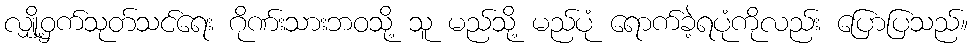
လျှို့ဝှက်သုတ်သင်ရေး ဂိုဏ်းသားဘဝသို့ သူ မည်သို့ မည်ပုံ ရောက်ခဲ့ရပုံကိုလည်း ပြောပြသည်။